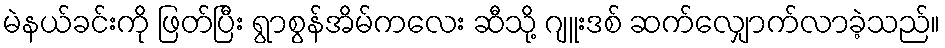
မဲနယ်ခင်းကို ဖြတ်ပြီး ရွာစွန်အိမ်ကလေး ဆီသို့ ဂျူးဒစ် ဆက်လျှောက်လာခဲ့သည်။